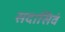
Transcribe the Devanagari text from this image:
सदासिवं